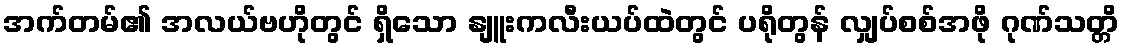
အက်တမ်၏ အလယ်ဗဟိုတွင် ရှိသော နျူးကလီးယပ်ထဲတွင် ပရိုတွန် လျှပ်စစ်အဖို ဂုဏ်သတ္တိ